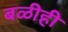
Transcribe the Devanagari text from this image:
बळीही